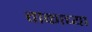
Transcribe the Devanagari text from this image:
वाकाच्या